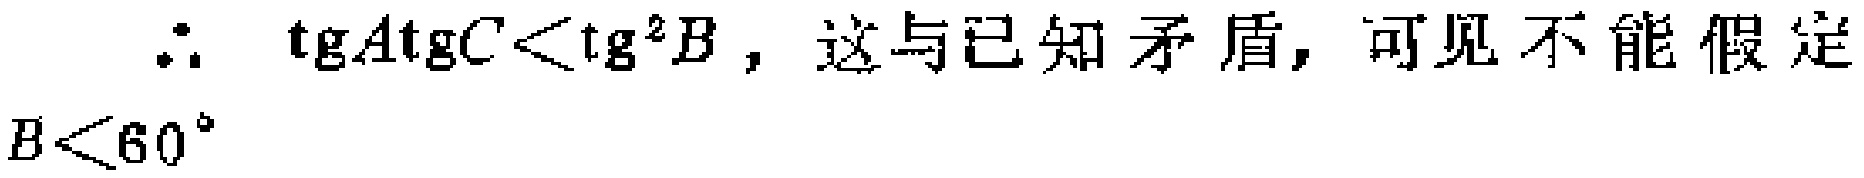
\(\therefore \ \text{tg}A\text{tg}C<\text{tg}^{2}B\)，这与已知矛盾，可见不能假定\(B < 60^{\circ}\)